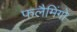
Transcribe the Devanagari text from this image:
फलैमिंगो